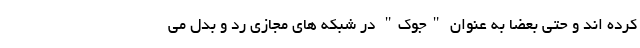
کرده اند و حتی بعضاً به عنوان "جوک" در شبکه های مجازی رد و بدل می